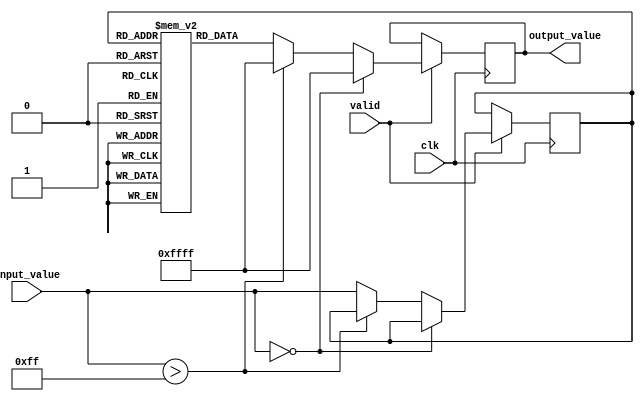
module lut_reciprocal (
    input wire [7:0] input_value, // 8-bit fixed-point input value
    input wire clk,
    input wire valid,              // Input valid signal
    output reg [15:0] output_value // 16-bit output for the reciprocal
);

// Define LUT size and depth
parameter LUT_DEPTH = 256;                // Size of the LUT
reg [15:0] lut [0:LUT_DEPTH-1];           // LUT to store reciprocal values

// Address mapping | Assuming LUT is initialized with precomputed values
reg [7:0] address;

// Initialize the LUT with reciprocal values (to be done in a separate initialization step)
initial begin
    // Populate the LUT with some example values
    // lut[0] = 0;  // No reciprocal for 0
    // lut[1] = 16'hFFFF; // 1/1 = 1
    // lut[2] = 16'h7FFF; // Approximation for 1/2
    // Add more reciprocal values
    // ...
end

// Address generation logic
always @(posedge clk) begin
    if (valid) begin
        // Handling edge cases: assume input values >= 1 and <= 255 for this example
        if (input_value == 0) begin
            output_value <= 16'hFFFF; // Assign an invalid or special value for 0
        end else if (input_value > 255) begin
            output_value <= 16'hFFFF; // Assign an invalid value for out of range
        end else begin
            address <= input_value;   // Direct mapping for valid range
            output_value <= lut[address]; // Look up the reciprocal
        end
    end
end

endmodule